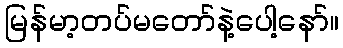
မြန်မာ့တပ်မတော်နဲ့ပေါ့နော်။